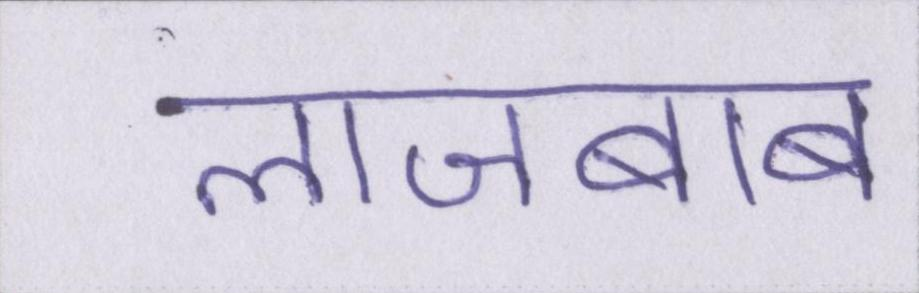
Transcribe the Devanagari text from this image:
लाजबाब